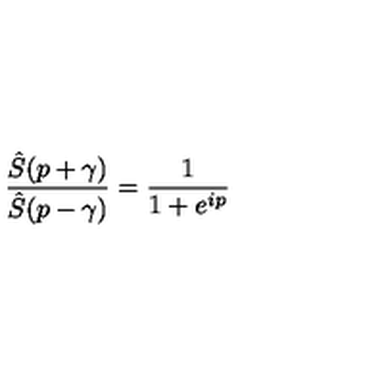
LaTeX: \frac { \hat { S } ( p + \gamma ) } { \hat { S } ( p - \gamma ) } = \frac { 1 } { 1 + e ^ { i p } }